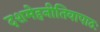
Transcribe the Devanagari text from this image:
दशमेहनीतिवापाठः